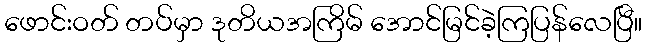
ဖောင်းဝတ် တပ်မှာ ဒုတိယအကြိမ် အောင်မြင်ခဲ့ကြပြန်လေပြီ။